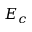
E _ { c }